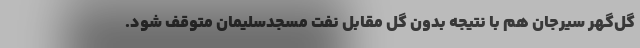
گل‌گهر سیرجان هم با نتیجه بدون گل مقابل نفت مسجدسلیمان متوقف شود.